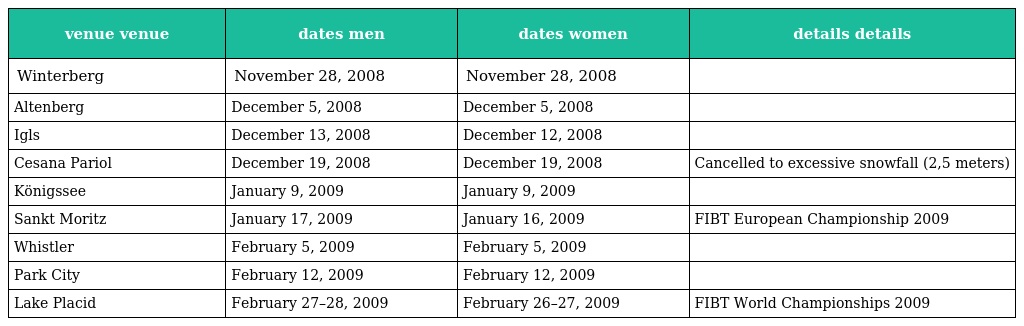
| venue venue | dates men | dates women | details details |
 | --- | --- | --- | --- |
 | Winterberg | November 28, 2008 | November 28, 2008 |  |
 | Altenberg | December 5, 2008 | December 5, 2008 |  |
 | Igls | December 13, 2008 | December 12, 2008 |  |
 | Cesana Pariol | December 19, 2008 | December 19, 2008 | Cancelled to excessive snowfall (2,5 meters) |
 | Königssee | January 9, 2009 | January 9, 2009 |  |
 | Sankt Moritz | January 17, 2009 | January 16, 2009 | FIBT European Championship 2009 |
 | Whistler | February 5, 2009 | February 5, 2009 |  |
 | Park City | February 12, 2009 | February 12, 2009 |  |
 | Lake Placid | February 27–28, 2009 | February 26–27, 2009 | FIBT World Championships 2009 |